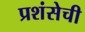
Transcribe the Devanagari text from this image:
प्रशंसेची